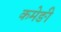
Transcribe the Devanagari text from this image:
कमेङी